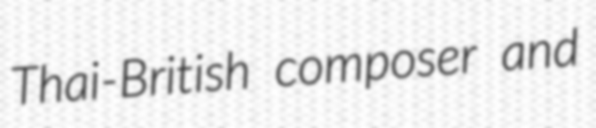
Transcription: Thai-British composer and